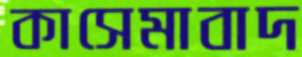
কাসেমাবাদ